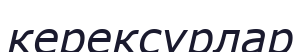
керексурлар